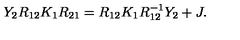
Y _ { 2 } R _ { 1 2 } K _ { 1 } R _ { 2 1 } = R _ { 1 2 } K _ { 1 } R _ { 1 2 } ^ { - 1 } Y _ { 2 } + J .